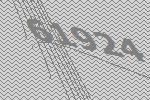
61924